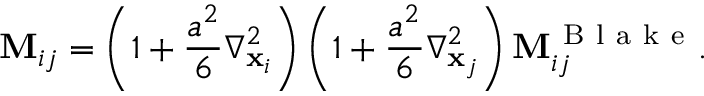
\mathbf { M } _ { i j } = \left( 1 + \frac { a ^ { 2 } } { 6 } \nabla _ { \mathbf { x } _ { i } } ^ { 2 } \right) \left( 1 + \frac { a ^ { 2 } } { 6 } \nabla _ { \mathbf { x } _ { j } } ^ { 2 } \right) \mathbf { M } _ { i j } ^ { \mathrm { ~ B ~ l ~ a ~ k ~ e ~ } } .